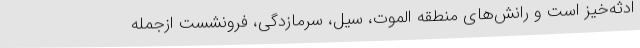
ادثه‌خیز است و رانش‌های منطقه الموت، سیل، سرمازدگی، فرونشست ازجمله